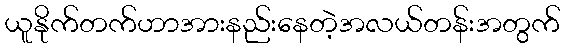
ယူနိုက်တက်ဟာအားနည်းနေတဲ့အလယ်တန်းအတွက်